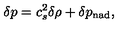
\delta p = c _ { s } ^ { 2 } \delta \rho + \delta p _ { \mathrm { n a d } } ,